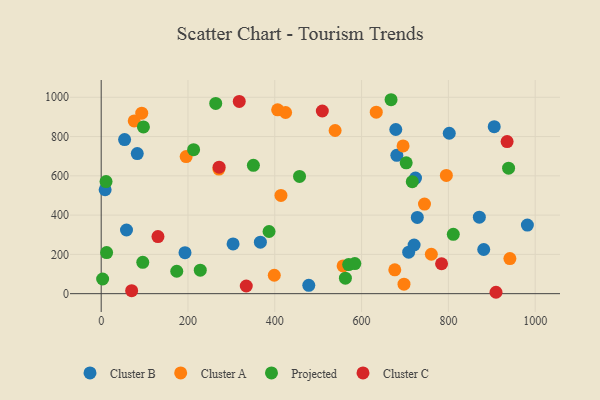
{"axis": {"x": "Price", "y": "Demand"}, "legend": ["Cluster A", "Cluster B", "Cluster C", "Projected"], "data": [{"x": "881.4", "y": 224.9, "type": "Cluster B"}, {"x": "366.8", "y": 262.3, "type": "Cluster B"}, {"x": "905.6", "y": 850.4, "type": "Cluster B"}, {"x": "681.2", "y": 704.6, "type": "Cluster B"}, {"x": "982.0", "y": 349.2, "type": "Cluster B"}, {"x": "724.2", "y": 588.7, "type": "Cluster B"}, {"x": "53.9", "y": 784.7, "type": "Cluster B"}, {"x": "9.1", "y": 529.2, "type": "Cluster B"}, {"x": "58.3", "y": 324.2, "type": "Cluster B"}, {"x": "708.5", "y": 211.4, "type": "Cluster B"}, {"x": "478.3", "y": 42.4, "type": "Cluster B"}, {"x": "303.9", "y": 253.3, "type": "Cluster B"}, {"x": "721.0", "y": 247.9, "type": "Cluster B"}, {"x": "678.8", "y": 835.9, "type": "Cluster B"}, {"x": "83.1", "y": 713.4, "type": "Cluster B"}, {"x": "193.1", "y": 208.6, "type": "Cluster B"}, {"x": "802.0", "y": 817.0, "type": "Cluster B"}, {"x": "871.3", "y": 389.3, "type": "Cluster B"}, {"x": "728.4", "y": 388.3, "type": "Cluster B"}, {"x": "539.0", "y": 830.8, "type": "Cluster A"}, {"x": "795.3", "y": 601.9, "type": "Cluster A"}, {"x": "76.1", "y": 879.5, "type": "Cluster A"}, {"x": "406.6", "y": 936.4, "type": "Cluster A"}, {"x": "414.2", "y": 500.3, "type": "Cluster A"}, {"x": "398.8", "y": 93.7, "type": "Cluster A"}, {"x": "760.7", "y": 200.7, "type": "Cluster A"}, {"x": "424.9", "y": 922.6, "type": "Cluster A"}, {"x": "195.8", "y": 697.9, "type": "Cluster A"}, {"x": "744.9", "y": 456.4, "type": "Cluster A"}, {"x": "271.2", "y": 634.4, "type": "Cluster A"}, {"x": "697.7", "y": 48.3, "type": "Cluster A"}, {"x": "695.6", "y": 752.3, "type": "Cluster A"}, {"x": "941.7", "y": 178.8, "type": "Cluster A"}, {"x": "93.4", "y": 919.3, "type": "Cluster A"}, {"x": "557.4", "y": 141.4, "type": "Cluster A"}, {"x": "676.5", "y": 121.4, "type": "Cluster A"}, {"x": "633.8", "y": 924.3, "type": "Cluster A"}, {"x": "263.9", "y": 968.8, "type": "Projected"}, {"x": "11.2", "y": 571.0, "type": "Projected"}, {"x": "228.3", "y": 119.5, "type": "Projected"}, {"x": "95.8", "y": 159.4, "type": "Projected"}, {"x": "3.3", "y": 74.7, "type": "Projected"}, {"x": "12.5", "y": 209.5, "type": "Projected"}, {"x": "667.9", "y": 987.6, "type": "Projected"}, {"x": "570.2", "y": 148.2, "type": "Projected"}, {"x": "174.1", "y": 114.1, "type": "Projected"}, {"x": "97.3", "y": 849.0, "type": "Projected"}, {"x": "212.9", "y": 733.4, "type": "Projected"}, {"x": "562.7", "y": 78.9, "type": "Projected"}, {"x": "584.4", "y": 153.3, "type": "Projected"}, {"x": "938.7", "y": 639.1, "type": "Projected"}, {"x": "457.0", "y": 597.0, "type": "Projected"}, {"x": "386.8", "y": 316.7, "type": "Projected"}, {"x": "702.8", "y": 666.3, "type": "Projected"}, {"x": "350.7", "y": 653.4, "type": "Projected"}, {"x": "811.3", "y": 302.4, "type": "Projected"}, {"x": "716.8", "y": 570.3, "type": "Projected"}, {"x": "70.2", "y": 15.4, "type": "Cluster C"}, {"x": "334.3", "y": 39.1, "type": "Cluster C"}, {"x": "271.7", "y": 643.9, "type": "Cluster C"}, {"x": "935.3", "y": 774.7, "type": "Cluster C"}, {"x": "318.1", "y": 978.8, "type": "Cluster C"}, {"x": "784.3", "y": 152.4, "type": "Cluster C"}, {"x": "909.7", "y": 7.1, "type": "Cluster C"}, {"x": "130.8", "y": 290.9, "type": "Cluster C"}, {"x": "509.5", "y": 930.1, "type": "Cluster C"}]}